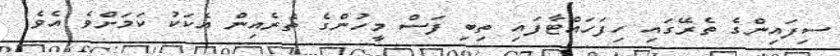
ސިފައިންގެ ތެރޭގައި ހިފަހައްޓާފައި ތިބި ފަސް މީހުންގެ ތެރެއިން އެކަކު ކަމަށްވެ އެވެ.